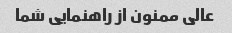
عالی ممنون از راهنمایی شما